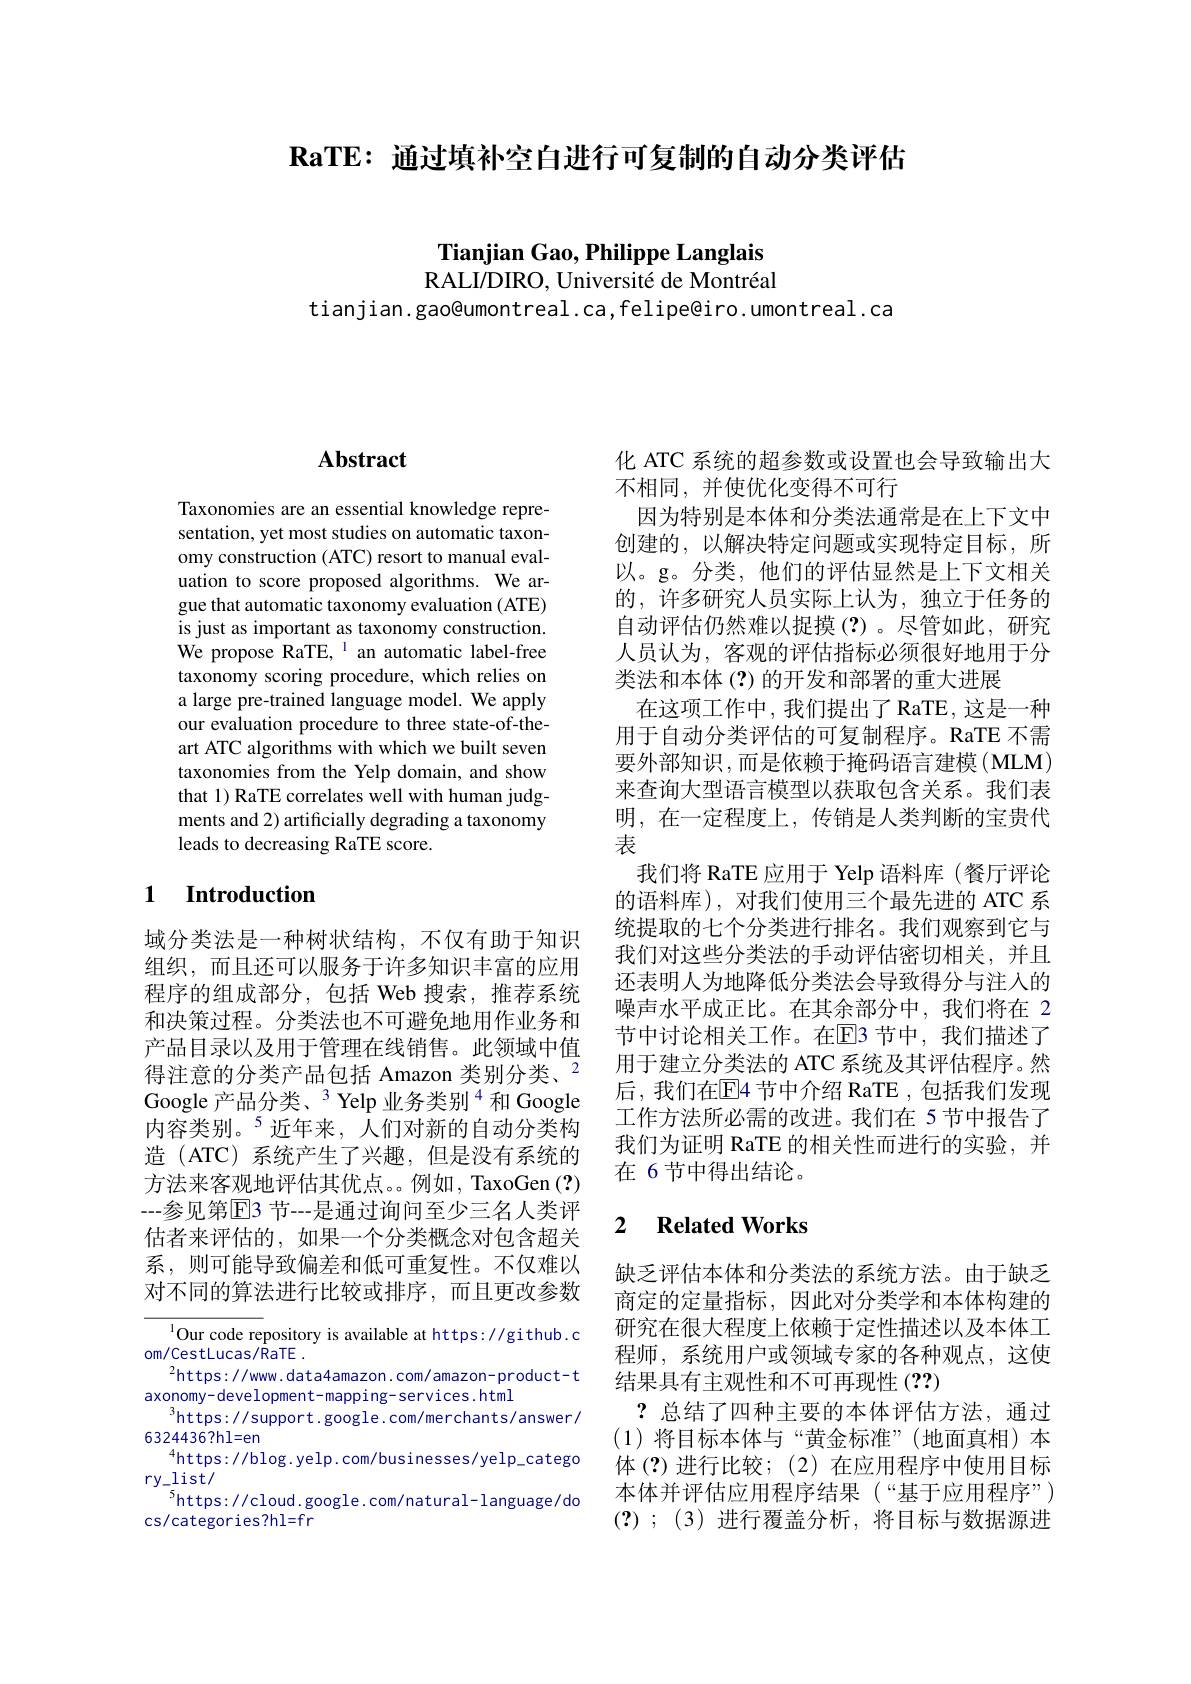
$\textbf{RaTE: 通 过 填 补 空 白 进 行 可 复 制 的 自 动 分 类 评 估 }$

Tianjian Gao, Philippe Langlais RALI/DIRO, Université de Montréal

tianjian.gao@umontreal.ca,felipe@iro.umontreal.ca

# Abstract

Taxonomies are an essential knowledge representation, yet most studies on automatic taxonomy construction (ATC) resort to manual evaluation to score proposed algorithms. We argue that automatic taxonomy evaluation (ATE) is just as important as taxonomy construction. We propose RaTE, $^{1}$ an automatic label-free taxonomy scoring procedure, which relies on a large pre-trained language model. We apply our evaluation procedure to three state-of-theart ATC algorithms with which we built seven taxonomies from the Yelp domain, and show that 1) RaTE correlates well with human judgments and 2) artificially degrading a taxonomy leads to decreasing RaTE score.

## 1 Introduction

域分类法是一种树状结构，不仅有助于知识组织，而且还可以服务于许多知识丰富的应用程序的组成部分，包括 Web 搜索，推荐系统和决策过程。分类法也不可避免地用作业务和产品目录以及用于管理在线销售。此领域中值得注意的分类产品包括 Amazon 类别分类、$^{2}$ Google产品分类、$^{3}$ Yelp 业务类别$^{4}$和 Google 内容类别。$^{5}$近年来，人们对新的自动分类构造 (ATC)系统产生了兴趣，但是没有系统的方法来客观地评估其优点。例如，TaxoGen (?) --参见第$\overline{\mathrm{E}}$3 节---是通过询问至少三名人类评估者来评估的，如果一个分类概念对包含超关系，则可能导致偏差和低可重复性。不仅难以对不同的算法进行比较或排序，而且更改参数

$^{1}$Our code repository is available at https://github.c
om/CestLucas/RaTE .
$^2$https://www.data4amazon.com/amazon-product-t
axonomy- development- mapping- services. htmI
$^3$https://support.google.com/merchants/answer/
6324436?hl=en
$^{4}$https://blog.yelp.com/businesses/yelp\_catego
ry\_list/
$^{5}$https://cloud.google.com/natural-language/do
cs/categories?hl=fr

化 ATC 系统的超参数或设置也会导致输出大
不相同，并使优化变得不可行
因为特别是本体和分类法通常是在上下文中创建的，以解决特定问题或实现特定目标，所以。g。分类，他们的评估显然是上下文相关的，许多研究人员实际上认为，独立于任务的自动评估仍然难以捉摸(?)。尽管如此，研究人员认为，客观的评估指标必须很好地用于分类法和本体(?)的开发和部署的重大进展
在这项工作中，我们提出了RaTE，这是一种用于自动分类评估的可复制程序。RaTE 不需要外部知识，而是依赖于掩码语言建模(MLM) 来查询大型语言模型以获取包含关系。我们表明，在一定程度上，传销是人类判断的宝贵代表
我们将 RaTE 应用于 Yelp 语料库 (餐厅评论的语料库),对我们使用三个最先进的 ATC 系统提取的七个分类进行排名。我们观察到它与我们对这些分类法的手动评估密切相关，并且还表明人为地降低分类法会导致得分与注入的噪声水平成正比。在其余部分中，我们将在 2节中讨论相关工作。在$\overline{\mathrm{E}}$3 节中，我们描述了用于建立分类法的 ATC 系统及其评估程序。然后，我们在E4 节中介绍 RaTE ,包括我们发现工作方法所必需的改进。我们在 5 节中报告了我们为证明 RaTE 的相关性而进行的实验，并在 6节中得出结论。

### 2 $\textbf{Related Works}$

缺乏评估本体和分类法的系统方法。由于缺乏商定的定量指标，因此对分类学和本体构建的研究在很大程度上依赖于定性描述以及本体工程师，系统用户或领域专家的各种观点，这使结果具有主观性和不可再现性(??)
?总结了四种主要的本体评估方法，通过(1)将目标本体与“黄金标准”(地面真相)本体(?)进行比较；(2)在应用程序中使用目标本体并评估应用程序结果(“基于应用程序”) (?) ; (3) 进行覆盖分析，将目标与数据源进